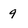
Character: 9